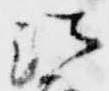
法